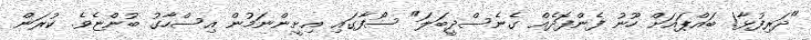
"ދަރިފުޅާ! ބައްޕައަށް ހޫނު ފެންފޮދެއް ގެނެސްދީބަލަ" ސޯފާގައި އިށީންނަމުން އިސްހާގު ބުންޏެވެ. ކުރަން